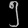
Digit: ၅